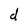
Character: d